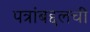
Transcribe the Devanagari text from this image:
पत्रांबद्दलची